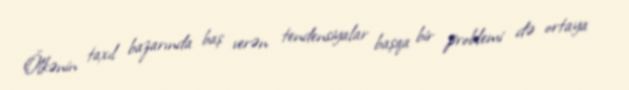
Ölkənin taxıl bazarında baş verən tendensiyalar başqa bir problemi də ortaya